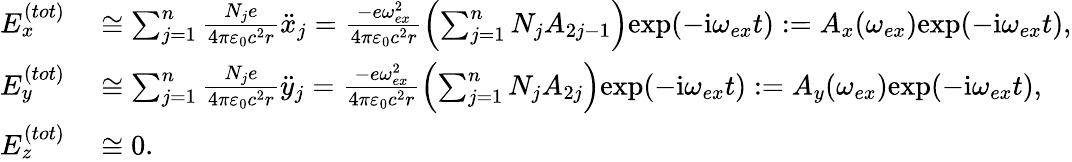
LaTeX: \begin{array}{rl}{E_{x}^{(tot)}}&{{}\cong\sum_{j=1}^{n}\frac{N_{j}e}{4\pi\varepsilon_{0}c^{2}r}\ddot{x}_{j}=\frac{-e\omega_{ex}^{2}}{4\pi\varepsilon_{0}c^{2}r}\left(\sum_{j=1}^{n}N_{j}A_{2j-1}\right)\mathrm{exp}(-\mathrm{i}\omega_{ex}t):=A_{x}(\omega_{ex})\mathrm{exp}(-\mathrm{i}\omega_{ex}t),}\\ {E_{y}^{(tot)}}&{{}\cong\sum_{j=1}^{n}\frac{N_{j}e}{4\pi\varepsilon_{0}c^{2}r}\ddot{y}_{j}=\frac{-e\omega_{ex}^{2}}{4\pi\varepsilon_{0}c^{2}r}\left(\sum_{j=1}^{n}N_{j}A_{2j}\right)\mathrm{exp}(-\mathrm{i}\omega_{ex}t):=A_{y}(\omega_{ex})\mathrm{exp}(-\mathrm{i}\omega_{ex}t),}\\ {E_{z}^{(tot)}}&{{}\cong 0.}\end{array}